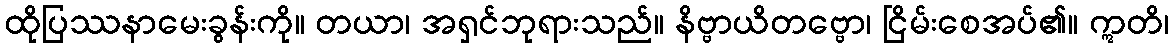
ထိုပြဿနာမေးခွန်းကို။ တယာ၊ အရှင်ဘုရားသည်။ နိဗ္ဗာယိတဗ္ဗော၊ ငြိမ်းစေအပ်၏။ ဣတိ၊